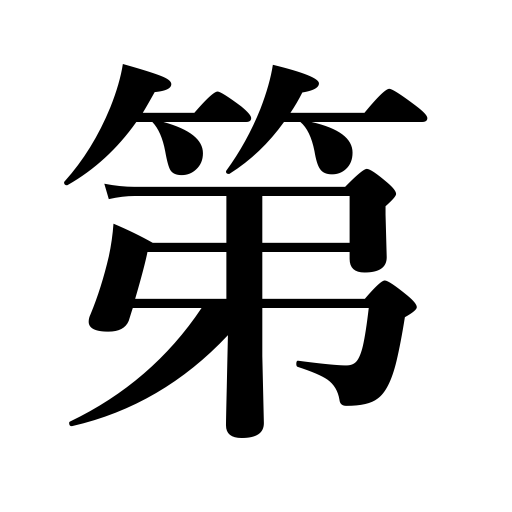
Meanings: residence,number 1,2,3,etc.